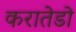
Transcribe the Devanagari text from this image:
करातेडो